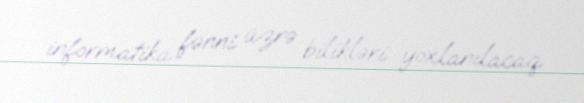
informatika fənni üzrə bilikləri yoxlanılacaq.